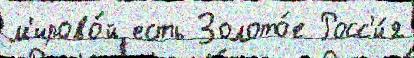
м'ирово́й есть Золото́е Росс'и́я